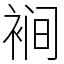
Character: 裥